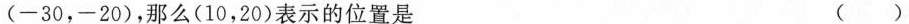
(-30，-20)，那么(10，20)表示的位置是 ( )